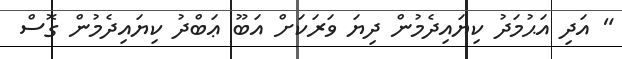
" އަދި އަޙުމަދު ކިޔައިދެމުން ދިޔަ ވަރަކަށް އަބޫ ޢަބްދު ކިޔައިދެމުން ގޮސް